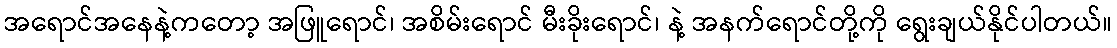
အရောင်အနေနဲ့ကတော့ အဖြူရောင်၊ အစိမ်းရောင် မီးခိုးရောင်၊ နဲ့ အနက်ရောင်တို့ကို ရွေးချယ်နိုင်ပါတယ်။